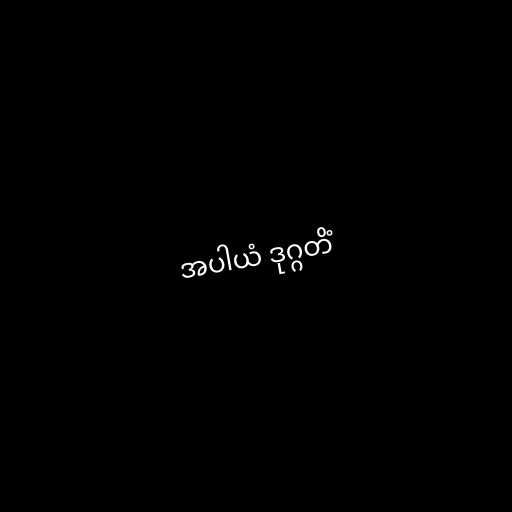
အပါယံ ဒုဂ္ဂတိံ